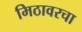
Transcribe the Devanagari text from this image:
मिठावरचा